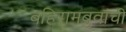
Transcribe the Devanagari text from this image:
बहिरामबुवांची